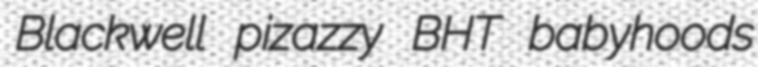
Blackwell pizazzy BHT babyhoods